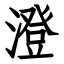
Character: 澄